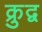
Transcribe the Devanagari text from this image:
क्रुद्व